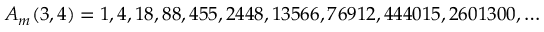
A _ { m } ( 3 , 4 ) = 1 , 4 , 1 8 , 8 8 , 4 5 5 , 2 4 4 8 , 1 3 5 6 6 , 7 6 9 1 2 , 4 4 4 0 1 5 , 2 6 0 1 3 0 0 , \ldots